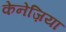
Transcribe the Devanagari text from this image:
केनेज़िया